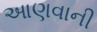
આણવાની